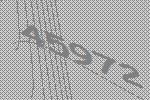
45972